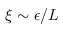
\xi \sim \epsilon / L